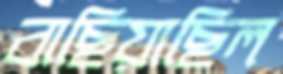
বাছিয়াছিল